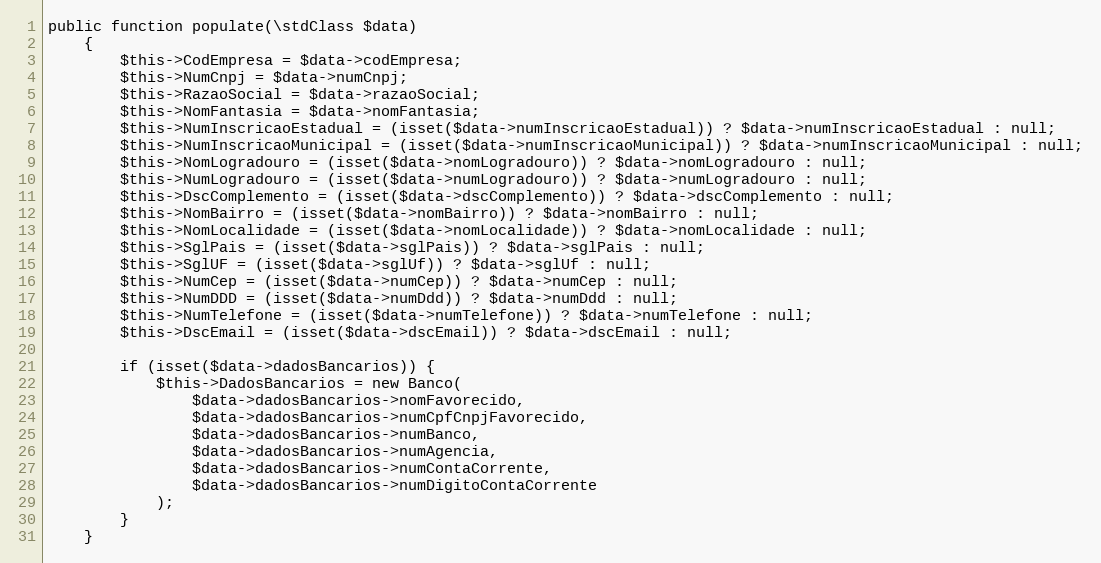
Language: PHP
public function populate(\stdClass $data)
    {
        $this->CodEmpresa = $data->codEmpresa;
        $this->NumCnpj = $data->numCnpj;
        $this->RazaoSocial = $data->razaoSocial;
        $this->NomFantasia = $data->nomFantasia;
        $this->NumInscricaoEstadual = (isset($data->numInscricaoEstadual)) ? $data->numInscricaoEstadual : null;
        $this->NumInscricaoMunicipal = (isset($data->numInscricaoMunicipal)) ? $data->numInscricaoMunicipal : null;
        $this->NomLogradouro = (isset($data->nomLogradouro)) ? $data->nomLogradouro : null;
        $this->NumLogradouro = (isset($data->numLogradouro)) ? $data->numLogradouro : null;
        $this->DscComplemento = (isset($data->dscComplemento)) ? $data->dscComplemento : null;
        $this->NomBairro = (isset($data->nomBairro)) ? $data->nomBairro : null;
        $this->NomLocalidade = (isset($data->nomLocalidade)) ? $data->nomLocalidade : null;
        $this->SglPais = (isset($data->sglPais)) ? $data->sglPais : null;
        $this->SglUF = (isset($data->sglUf)) ? $data->sglUf : null;
        $this->NumCep = (isset($data->numCep)) ? $data->numCep : null;
        $this->NumDDD = (isset($data->numDdd)) ? $data->numDdd : null;
        $this->NumTelefone = (isset($data->numTelefone)) ? $data->numTelefone : null;
        $this->DscEmail = (isset($data->dscEmail)) ? $data->dscEmail : null;

        if (isset($data->dadosBancarios)) {
            $this->DadosBancarios = new Banco(
                $data->dadosBancarios->nomFavorecido,
                $data->dadosBancarios->numCpfCnpjFavorecido,
                $data->dadosBancarios->numBanco,
                $data->dadosBancarios->numAgencia,
                $data->dadosBancarios->numContaCorrente,
                $data->dadosBancarios->numDigitoContaCorrente
            );
        }
    }